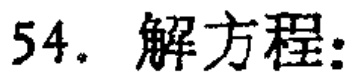
54. 解方程: